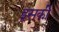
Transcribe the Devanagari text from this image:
इसकीे